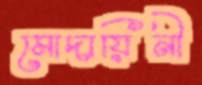
মোদায়িনী